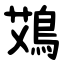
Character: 鴱